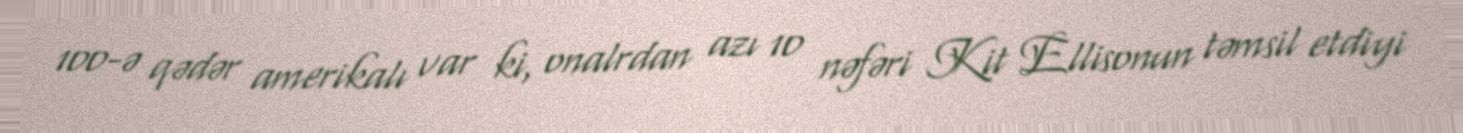
100-ə qədər amerikalı var ki, onalrdan azı 10 nəfəri Kit Ellisonun təmsil etdiyi